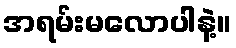
အရမ်းမလောပါနဲ့။